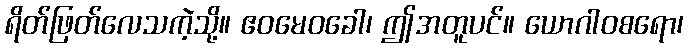
ရိတ်ဖြတ်လေသကဲ့သို့။ ဧဝမေဝခေါ၊ ဤအတူပင်။ ယောဂါဝစရော၊